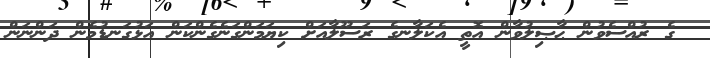
ގެ ރުއްސެވުން ޙާޞިލުވާން އޮތީ އެކަލާނގެ ރަސޫލާއަށް ކިޔަމަންގަނެގެންކަން އަޅުގަނޑުމެން ދަންނަން